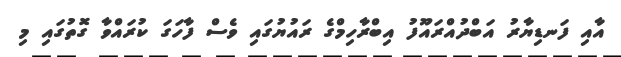
އާއި ފަނޑިޔާރު އަބްދުއްރައޫފު އިބްރާހިމްގެ ރައުޔުގައި ވެސް ފާހަގަ ކުރައްވާ ގޮތުގައި މި